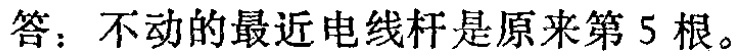
答：不动的最近电线杆是原来第 5 根。